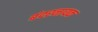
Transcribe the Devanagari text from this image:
बंदरनायक